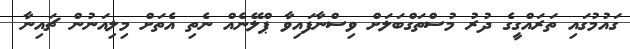
ގައުމުގައި ތަރައްގީގެ ދުރު މުސްތަގްބަލަށް ވިސްނާފައިވާ ޕްލޭނެއް ނެތި އެތަށް މިލިއަނުން ޗައިނާ